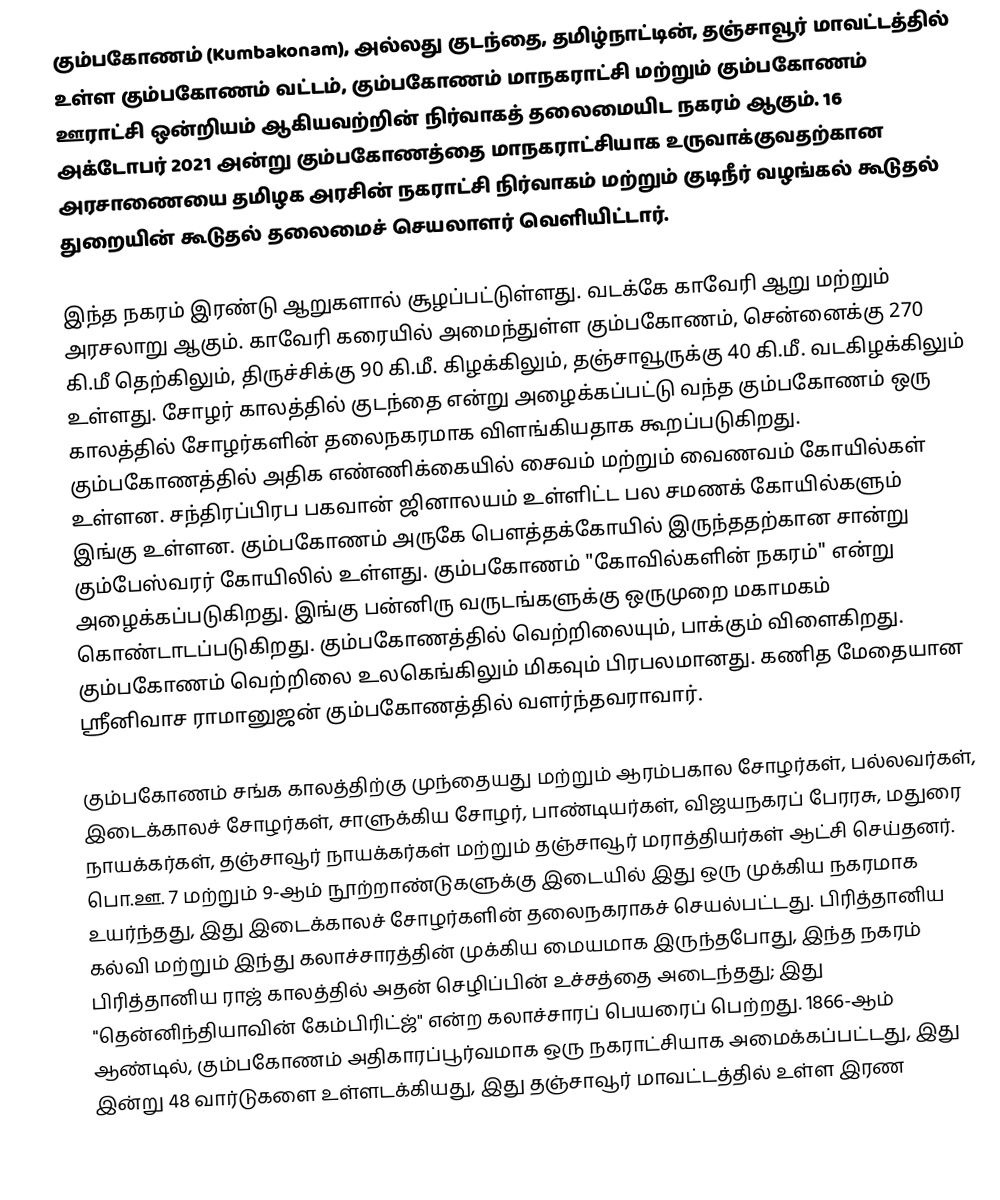
கும்பகோணம் (Kumbakonam), அல்லது குடந்தை, தமிழ்நாட்டின், தஞ்சாவூர் மாவட்டத்தில் உள்ள கும்பகோணம் வட்டம், கும்பகோணம் மாநகராட்சி மற்றும் கும்பகோணம் ஊராட்சி ஒன்றியம் ஆகியவற்றின் நிர்வாகத் தலைமையிட நகரம் ஆகும். 16 அக்டோபர் 2021 அன்று கும்பகோணத்தை மாநகராட்சியாக உருவாக்குவதற்கான அரசாணையை தமிழக அரசின்  நகராட்சி நிர்வாகம் மற்றும் குடிநீர் வழங்கல் கூடுதல் துறையின் கூடுதல் தலைமைச் செயலாளர் வெளியிட்டார்.

இந்த நகரம் இரண்டு ஆறுகளால் சூழப்பட்டுள்ளது. வடக்கே காவேரி ஆறு மற்றும் அரசலாறு ஆகும். காவேரி கரையில் அமைந்துள்ள கும்பகோணம், சென்னைக்கு 270 கி.மீ தெற்கிலும், திருச்சிக்கு 90 கி.மீ. கிழக்கிலும், தஞ்சாவூருக்கு 40 கி.மீ. வடகிழக்கிலும் உள்ளது. சோழர் காலத்தில் குடந்தை என்று அழைக்கப்பட்டு வந்த கும்பகோணம் ஒரு காலத்தில் சோழர்களின் தலைநகரமாக விளங்கியதாக கூறப்படுகிறது. கும்பகோணத்தில் அதிக எண்ணிக்கையில் சைவம் மற்றும் வைணவம் கோயில்கள் உள்ளன. சந்திரப்பிரப பகவான் ஜினாலயம் உள்ளிட்ட பல சமணக் கோயில்களும் இங்கு உள்ளன. கும்பகோணம் அருகே பௌத்தக்கோயில் இருந்ததற்கான சான்று கும்பேஸ்வரர் கோயிலில் உள்ளது. கும்பகோணம் "கோவில்களின் நகரம்" என்று அழைக்கப்படுகிறது. இங்கு பன்னிரு வருடங்களுக்கு ஒருமுறை மகாமகம் கொண்டாடப்படுகிறது. கும்பகோணத்தில் வெற்றிலையும், பாக்கும் விளைகிறது. கும்பகோணம் வெற்றிலை உலகெங்கிலும் மிகவும் பிரபலமானது. கணித மேதையான ஸ்ரீனிவாச ராமானுஜன் கும்பகோணத்தில் வளர்ந்தவராவார்.

கும்பகோணம் சங்க காலத்திற்கு முந்தையது மற்றும் ஆரம்பகால சோழர்கள், பல்லவர்கள், இடைக்காலச் சோழர்கள், சாளுக்கிய சோழர், பாண்டியர்கள், விஜயநகரப் பேரரசு, மதுரை நாயக்கர்கள், தஞ்சாவூர் நாயக்கர்கள் மற்றும் தஞ்சாவூர் மராத்தியர்கள் ஆட்சி செய்தனர். பொ.ஊ. 7 மற்றும் 9-ஆம் நூற்றாண்டுகளுக்கு இடையில் இது ஒரு முக்கிய நகரமாக உயர்ந்தது, இது இடைக்காலச் சோழர்களின் தலைநகராகச் செயல்பட்டது. பிரித்தானிய கல்வி மற்றும் இந்து கலாச்சாரத்தின் முக்கிய மையமாக இருந்தபோது, இந்த நகரம் பிரித்தானிய ராஜ் காலத்தில் அதன் செழிப்பின் உச்சத்தை அடைந்தது; இது "தென்னிந்தியாவின் கேம்பிரிட்ஜ்" என்ற கலாச்சாரப் பெயரைப் பெற்றது. 1866-ஆம் ஆண்டில், கும்பகோணம் அதிகாரப்பூர்வமாக ஒரு நகராட்சியாக அமைக்கப்பட்டது, இது இன்று 48 வார்டுகளை உள்ளடக்கியது, இது தஞ்சாவூர் மாவட்டத்தில் உள்ள இரண